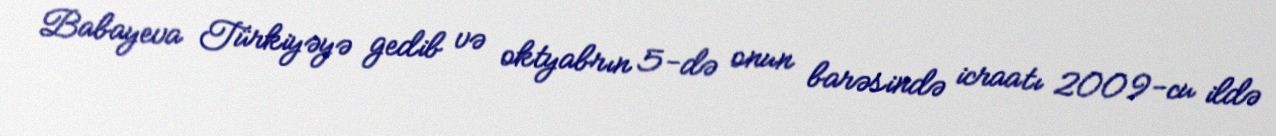
Babayeva Türkiyəyə gedib və oktyabrın 5-də onun barəsində icraatı 2009-cu ildə